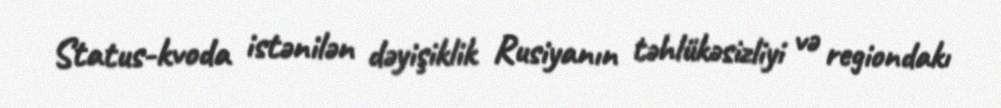
Status-kvoda istənilən dəyişiklik Rusiyanın təhlükəsizliyi və regiondakı